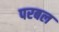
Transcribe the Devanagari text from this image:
परबल